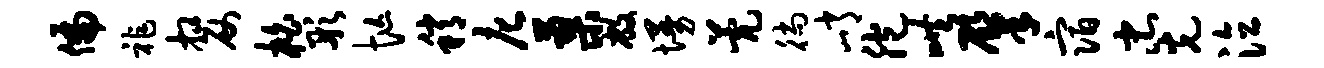
偏祚嫠柏彤忙稍庀蓼敝墁甍徜峭胞哄肇宿忠光泣